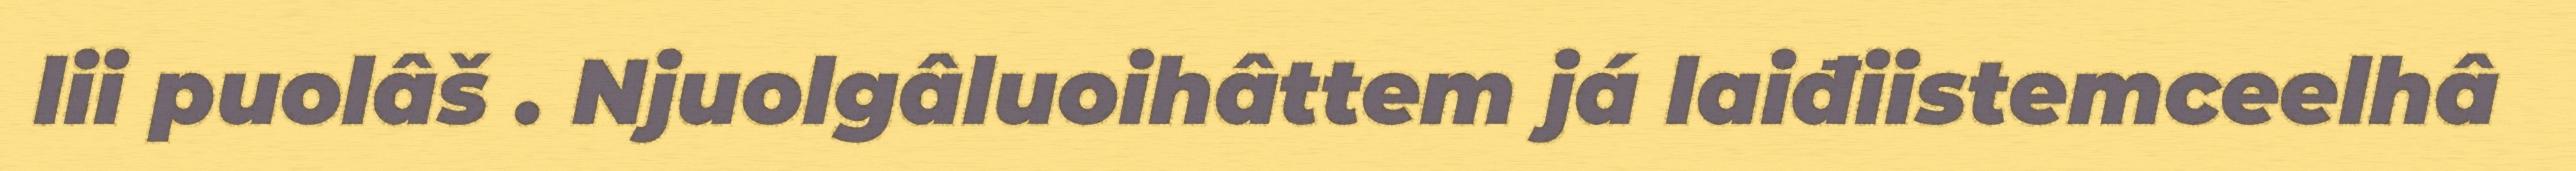
lii puolâš . Njuolgâluoihâttem já laiđiistemceelhâ